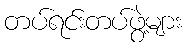
တပ်ရင်းတပ်ဖွဲ့များ